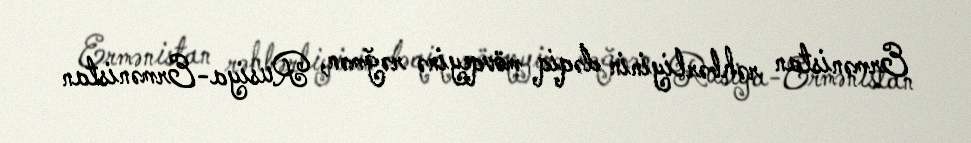
Ermənistan rəhbərliyinin dəqiq mövqeyinə rəğmən, Rusiya-Ermənistan